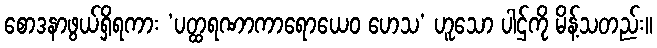
စောဒနာဖွယ်ရှိရကား ‘ပတ္ထရဏာကာရောယေဝ ဟေသ’ ဟူသော ပါဌ်ကို မိန့်သတည်း။